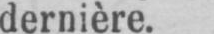
dernière.